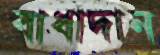
বাধাদান